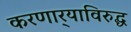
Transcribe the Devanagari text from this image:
करणार्‍याविरुद्ध